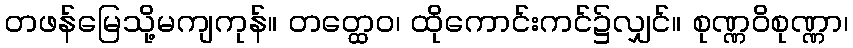
တဖန်မြေသို့မကျကုန်။ တတ္ထေဝ၊ ထိုကောင်းကင်၌လျှင်။ စုဏ္ဏဝိစုဏ္ဏာ၊